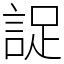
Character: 䛤